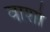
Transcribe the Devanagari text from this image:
वाशो